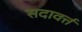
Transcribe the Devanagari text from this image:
सदावर्त्त